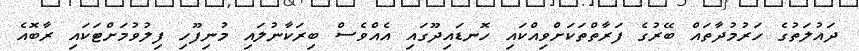
ދައުލަތުގެ ހަރުމުދާތައް ބޭރުގެ ފަރާތްތަކަށްވިއްކައި ހޮނޑައިދޫގައި އެއްވެސް ބިރަކާނުލައި މުނިފޫހި ފިލުވުމަށްޓަކައި ރާބޮއެ